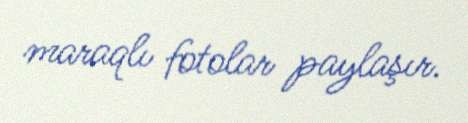
maraqlı fotolar paylaşır.